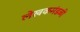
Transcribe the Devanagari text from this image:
लेखकमंडळी